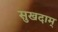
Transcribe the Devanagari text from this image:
सुखदाम्